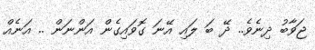
ޖަވާބު ދިނެވެ.. ދޭ ބަ ލައި އޭނަ ގޮވައިގެން އަންނަން .. އަނެއް